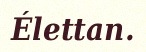
Élettan.